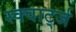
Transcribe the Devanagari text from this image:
स्क्वार्ट्ज